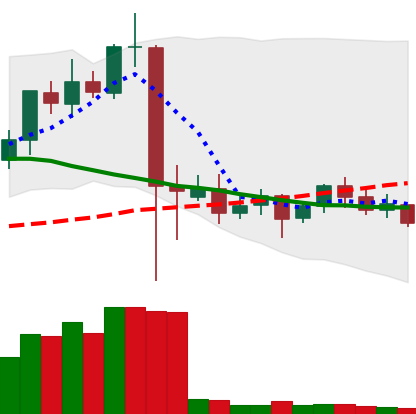
Ticker: ETC-USD
Chart end date: 2021-09-19
Forward return: -13.786%
Label: down_7plus